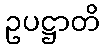
ဥပဋ္ဌာတိ